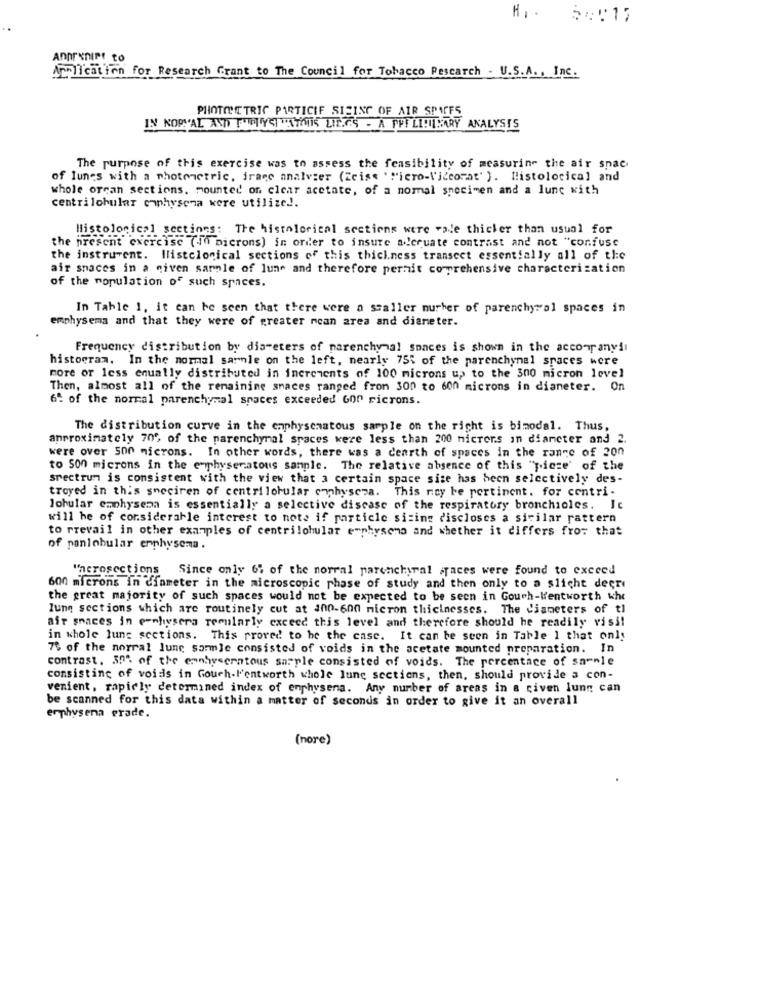
ANDRETIPS to
Application for Research Grant to The Council for Tobacco Pescarch - U.S.A ., Inc.
PHOTOSC TRIC PARTICIF SICINT OF AIR SPACFS
IN KOPYAL AND THELYSITATIS LIEGS - A PPI LI!INARY ANALYSIS
The purpose of this exercise was to assess the feasibility of measuring the air spac
of lunes with a photometric, irace analvier (Zeiss ""icro-Videorat' ). Histolocical and
whole orcan sections, mounted on clear acetate, of a nomal specimen and a lunc with
centrilobular emphysema were utilize !.
Histological sections: The histolorical sections were "we thicker than usual for
the present exercise (in microns) in order to insure adequate contrast and not "confuse
the instruvent. Ilistclonical sections of this thickness transcet essentially all of the
air snaces in a niven sarnle of lune and therefore pernit comprehensive characterization
of the population of such spaces.
In Table 1. it can be seen that there were a smaller nurher of parenchyral spaces in
emphysema and that they were of greater ncan area and diameter.
Frequency distribution by diameters of narenchymal spaces is shown in the accompanyil
histogram. In the normal sarnle on the left, nearly 755 of the parenchynal spaces were
more or less equally distributed in inerevents of 100 microns up to the 300 micron level
Then, almost all of the remaining spaces ranged from 300 to 600 microns in dianeter. On
6ª of the normal parenchymal spaces exceeded Gor ricrons.
The distribution curve in the emphysematous sarple on the right is bimodal. Thus,
anproximately 70% of the parenchymal spaces were less than 200 nicrers in diameter and 2.
were over 500 microns. In other words, there was a cearth of spaces in the range of 200
to 500 microns in the enphyseratous sample. The relative absence of this "wicze' of the
spectrum is consistent with the view that a certain space size has been selectively des-
troyed in this sneciren of centrilobular emphysema. This nicy be pertinent. for contri-
lobular emphysema is essentially a selective disease of the respiratory bronchioles. Ic
will he of considerable interest to note if particle sizing discloses a sicilar rattern
to rrevail in other examples of centrilohular emphysema and whether it differs from that
of panlobular emphysema.
"nerosections
Since only 6% of the norral parenchyral faces were found to exceed
600 microns in diameter in the microscopic phase of study and then only to a slicht decri
the great majority of such spaces would not be expected to be seen in Gouch-Wentworth who
lung sections which are routinely cut at 100-600 micron thicknesses. The diameters of tl
air spaces in enhivsera regularly exceed this level and therefore should he readily viss!
in whole lung sections. This proved to be the case. It can be seen in Table 1 that only
7% of the norral lune sammle consisted of voids in the acetate mounted preparation. In
contrast, 30% of the emmbyseratous sample consisted of voids. The percentage of sammle
consisting of voids in Gouch-l'entworth whole lung sections, then, should provide a con-
venient, rapidly determined index of emphysema. Any number of areas in a civen lunn can
be scanned for this data within a matter of seconds in order to give it an overall
erphysena erade.
(nore)